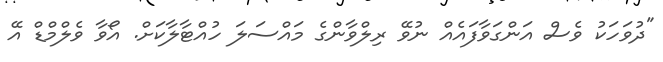
"ދުވަހަކު ވެސް އަންގަވާފައެއް ނުވޭ ރިލްވާންގެ މައްސަލަ ހުއްޓާލާކަށް. އޯވާ ވެލްމްޑް އޭ